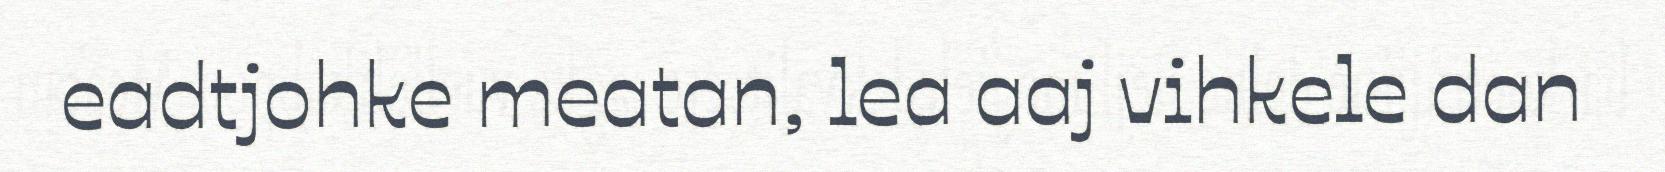
eadtjohke meatan, lea aaj vihkele dan